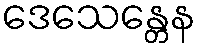
ဒေသေန္တေန